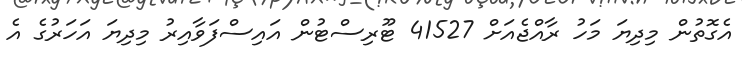
އެގޮތުން މިދިޔަ މަހު ރާއްޖެއަށް 41527 ޓޫރިސްޓުން އައިސްފަވާއިރު މިދިޔަ އަހަރުގެ އެ